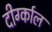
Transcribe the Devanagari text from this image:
दीर्ग्काल